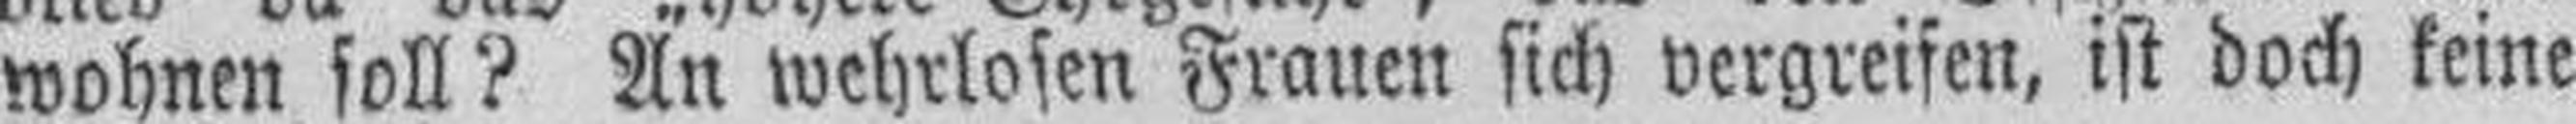
wohnen soll? An wehrlosen Frauen sich vergreifen, ist doch keine